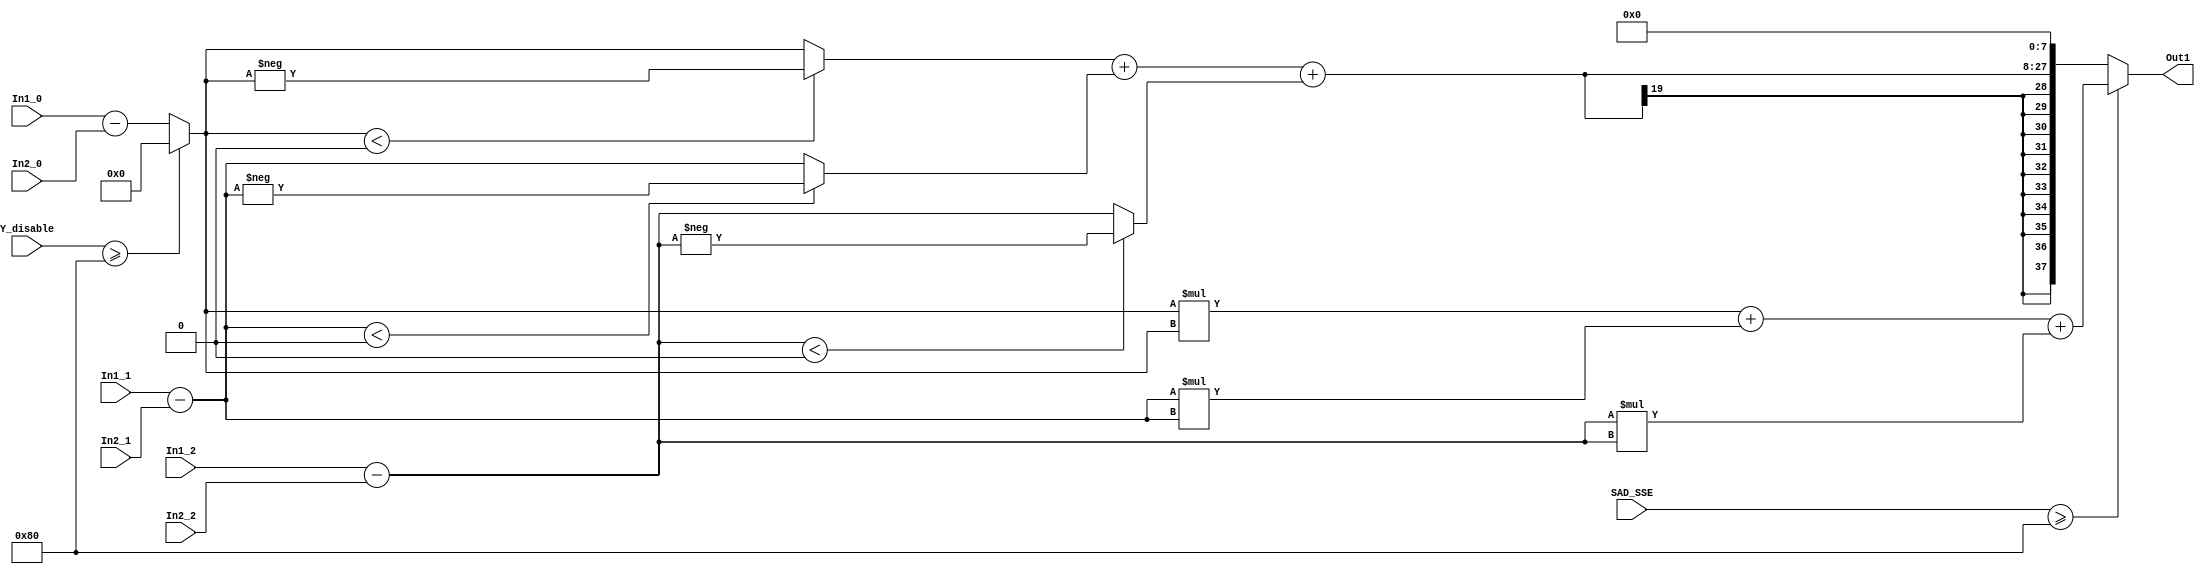
// -------------------------------------------------------------
// 
// 
// Generated by MATLAB 9.6 and HDL Coder 3.14
// 
// -------------------------------------------------------------


// -------------------------------------------------------------
// 
// Module: K_Means_ip_src_SSE15
// Source Path: Sementation_8K/Segmentation_HW/K-Means/Comparisons/SSE15
// Hierarchy Level: 3
// 
// -------------------------------------------------------------

`timescale 1 ns / 1 ns

module K_Means_ip_src_SSE15
          (In1_0,
           In1_1,
           In1_2,
           In2_0,
           In2_1,
           In2_2,
           Y_disable,
           SAD_SSE,
           Out1);


  input   signed [17:0] In1_0;  // sfix18_En8
  input   signed [17:0] In1_1;  // sfix18_En8
  input   signed [17:0] In1_2;  // sfix18_En8
  input   signed [17:0] In2_0;  // sfix18_En8
  input   signed [17:0] In2_1;  // sfix18_En8
  input   signed [17:0] In2_2;  // sfix18_En8
  input   signed [17:0] Y_disable;  // sfix18_En8
  input   signed [17:0] SAD_SSE;  // sfix18_En8
  output  signed [37:0] Out1;  // sfix38_En16


  wire switch_compare_1;
  wire signed [17:0] Add_out1;  // sfix18_En8
  wire signed [17:0] Constant_out1;  // sfix18_En8
  wire signed [17:0] Switch_out1;  // sfix18_En8
  wire signed [18:0] Abs_y;  // sfix19_En8
  wire signed [18:0] Abs_cast;  // sfix19_En8
  wire signed [17:0] Abs_out1;  // sfix18_En8
  wire signed [17:0] Add1_out1;  // sfix18_En8
  wire signed [18:0] Abs1_y;  // sfix19_En8
  wire signed [18:0] Abs1_cast;  // sfix19_En8
  wire signed [17:0] Abs1_out1;  // sfix18_En8
  wire signed [18:0] Add5_add_cast;  // sfix19_En8
  wire signed [18:0] Add5_add_cast_1;  // sfix19_En8
  wire signed [18:0] Add5_out1;  // sfix19_En8
  wire signed [17:0] Add2_out1;  // sfix18_En8
  wire signed [35:0] Product_out1;  // sfix36_En16
  wire signed [35:0] Product1_out1;  // sfix36_En16
  wire signed [36:0] Add3_add_cast;  // sfix37_En16
  wire signed [36:0] Add3_add_cast_1;  // sfix37_En16
  wire signed [36:0] Add3_out1;  // sfix37_En16
  wire switch_compare_1_1;
  wire signed [18:0] Abs2_y;  // sfix19_En8
  wire signed [18:0] Abs2_cast;  // sfix19_En8
  wire signed [17:0] Abs2_out1;  // sfix18_En8
  wire signed [19:0] Add6_add_cast;  // sfix20_En8
  wire signed [19:0] Add6_add_cast_1;  // sfix20_En8
  wire signed [19:0] Add6_out1;  // sfix20_En8
  wire signed [37:0] Add6_out1_dtc;  // sfix38_En16
  wire signed [35:0] Product2_out1;  // sfix36_En16
  wire signed [37:0] Add4_add_cast;  // sfix38_En16
  wire signed [37:0] Add4_add_cast_1;  // sfix38_En16
  wire signed [37:0] Add4_out1;  // sfix38_En16
  wire signed [37:0] Switch1_out1;  // sfix38_En16


  assign switch_compare_1 = Y_disable >= 18'sb000000000010000000;



  assign Add_out1 = In1_0 - In2_0;



  assign Constant_out1 = 18'sb000000000000000000;



  assign Switch_out1 = (switch_compare_1 == 1'b0 ? Add_out1 :
              Constant_out1);



  assign Abs_cast = {Switch_out1[17], Switch_out1};
  assign Abs_y = (Switch_out1 < 18'sb000000000000000000 ?  - (Abs_cast) :
              {Switch_out1[17], Switch_out1});
  assign Abs_out1 = Abs_y[17:0];



  assign Add1_out1 = In1_1 - In2_1;



  assign Abs1_cast = {Add1_out1[17], Add1_out1};
  assign Abs1_y = (Add1_out1 < 18'sb000000000000000000 ?  - (Abs1_cast) :
              {Add1_out1[17], Add1_out1});
  assign Abs1_out1 = Abs1_y[17:0];



  assign Add5_add_cast = {Abs_out1[17], Abs_out1};
  assign Add5_add_cast_1 = {Abs1_out1[17], Abs1_out1};
  assign Add5_out1 = Add5_add_cast + Add5_add_cast_1;



  assign Add2_out1 = In1_2 - In2_2;



  assign Product_out1 = Switch_out1 * Switch_out1;



  assign Product1_out1 = Add1_out1 * Add1_out1;



  assign Add3_add_cast = {Product_out1[35], Product_out1};
  assign Add3_add_cast_1 = {Product1_out1[35], Product1_out1};
  assign Add3_out1 = Add3_add_cast + Add3_add_cast_1;



  assign switch_compare_1_1 = SAD_SSE >= 18'sb000000000010000000;



  assign Abs2_cast = {Add2_out1[17], Add2_out1};
  assign Abs2_y = (Add2_out1 < 18'sb000000000000000000 ?  - (Abs2_cast) :
              {Add2_out1[17], Add2_out1});
  assign Abs2_out1 = Abs2_y[17:0];



  assign Add6_add_cast = {Add5_out1[18], Add5_out1};
  assign Add6_add_cast_1 = {{2{Abs2_out1[17]}}, Abs2_out1};
  assign Add6_out1 = Add6_add_cast + Add6_add_cast_1;



  assign Add6_out1_dtc = {{10{Add6_out1[19]}}, {Add6_out1, 8'b00000000}};



  assign Product2_out1 = Add2_out1 * Add2_out1;



  assign Add4_add_cast = {Add3_out1[36], Add3_out1};
  assign Add4_add_cast_1 = {{2{Product2_out1[35]}}, Product2_out1};
  assign Add4_out1 = Add4_add_cast + Add4_add_cast_1;



  assign Switch1_out1 = (switch_compare_1_1 == 1'b0 ? Add6_out1_dtc :
              Add4_out1);



  assign Out1 = Switch1_out1;

endmodule  // K_Means_ip_src_SSE15